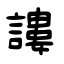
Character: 謱